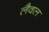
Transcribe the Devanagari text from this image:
लैवल